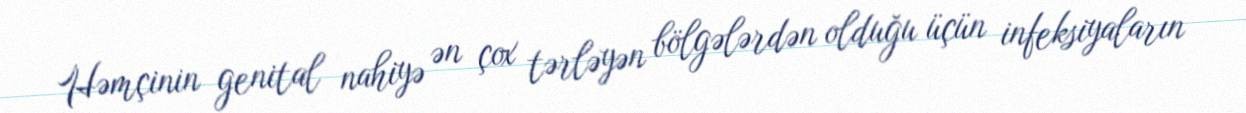
Həmçinin genital nahiyə ən çox tərləyən bölgələrdən olduğu üçün infeksiyaların